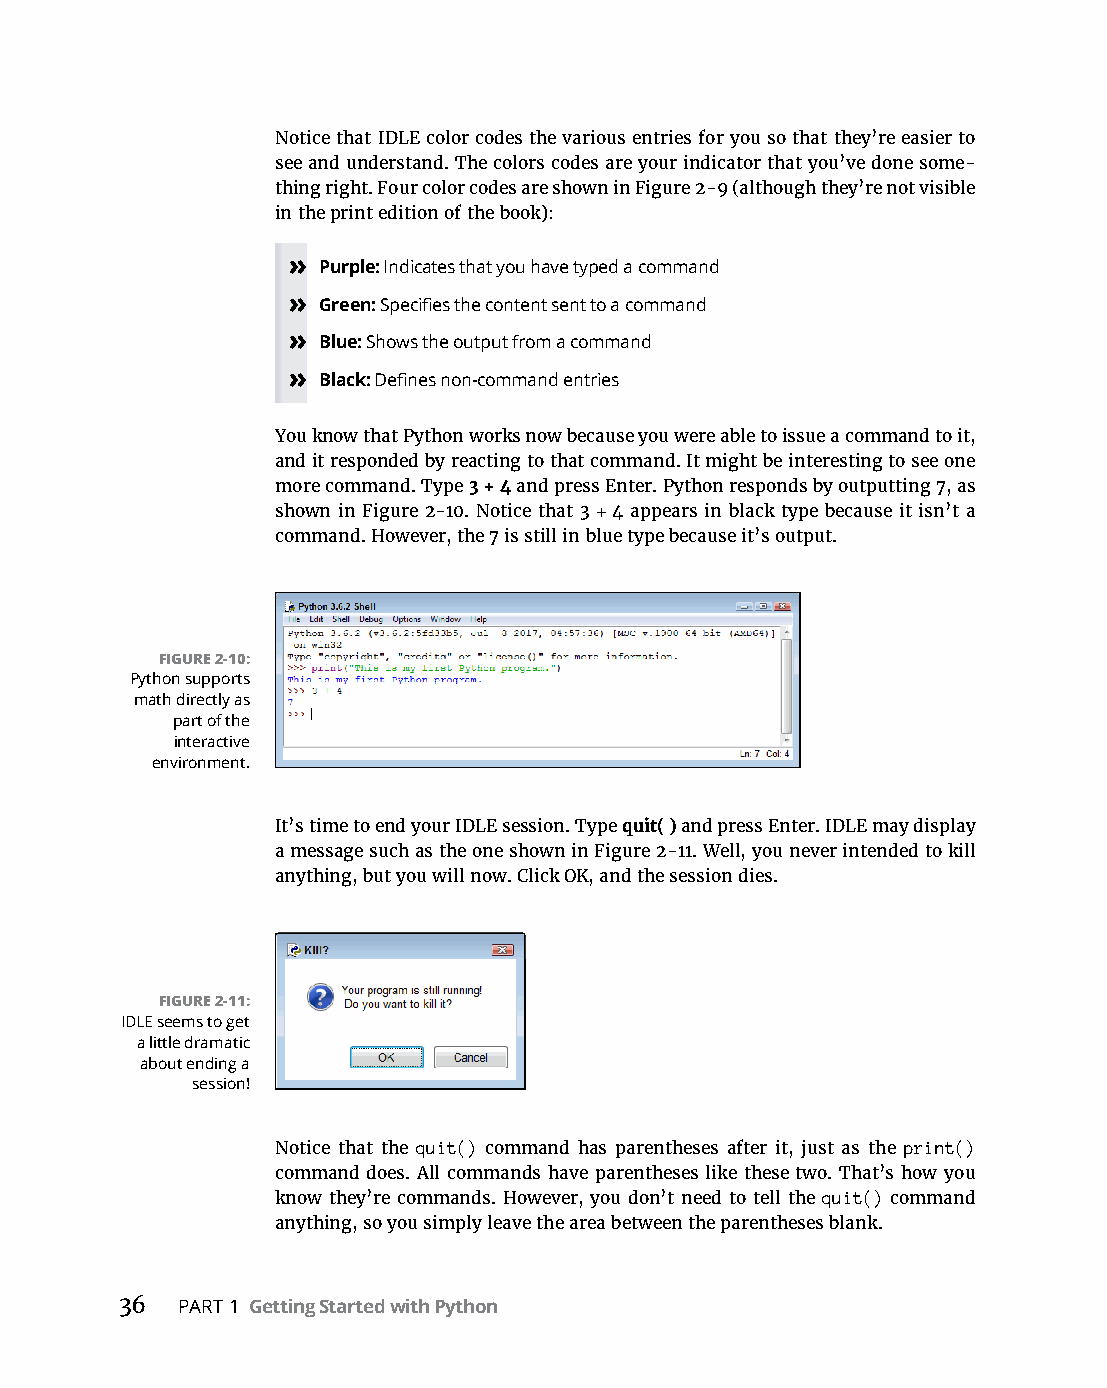
Notice that IDLE color codes the various entries for you so that they’re easier to
 see and understand. The colors codes are your indicator that you’ve done some-
 thing right. Four color codes are shown in Figure 2-9 (although they’re not visible
 in the print edition of the book):
 » Purple: Indicates that you have typed a command
 » Green: Specifies the content sent to a command
 » Blue: Shows the output from a command
 » Black: Defines non-command entries
 You know that Python works now because you were able to issue a command to it,
 and it responded by reacting to that command. It might be interesting to see one
 more command. Type 3 + 4 and press Enter. Python responds by outputting 7, as
 shown in Figure 2-10. Notice that 3 + 4 appears in black type because it isn’t a
 command. However, the 7 is still in blue type because it’s output.
 FIGURE 2-10:
 Python supports
 math directly as
 part of the
 interactive
 environment.
 It’s time to end your IDLE session. Type quit( ) and press Enter. IDLE may display
 a message such as the one shown in Figure 2-11. Well, you never intended to kill
 anything, but you will now. Click OK, and the session dies.
 FIGURE 2-11:
 IDLE seems to get
 a little dramatic
 about ending a
 session!
 Notice that the quit() command has parentheses after it, just as the print()
 command does. All commands have parentheses like these two. That’s how you
 know they’re commands. However, you don’t need to tell the quit() command
 anything, so you simply leave the area between the parentheses blank.
 36  PART 1 Getting Started with Python